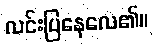
လင်းပြနေလေ၏။